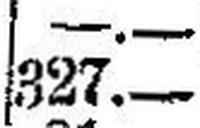
327.—